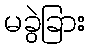
မခွဲခြား